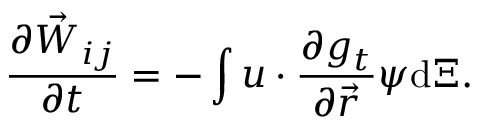
\frac { \partial \vec { W } _ { i j } } { \partial t } = - \int \boldsymbol { u } \cdot \frac { \partial g _ { t } } { \partial \vec { r } } \boldsymbol { \psi } \mathrm { d } \boldsymbol { \Xi } .